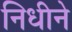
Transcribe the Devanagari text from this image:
निधीने